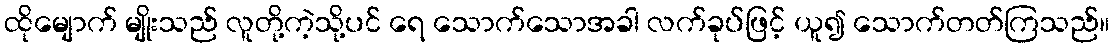
ထိုမျောက် မျိုးသည် လူတို့ကဲ့သို့ပင် ရေ သောက်သောအခါ လက်ခုပ်ဖြင့် ယူ၍ သောက်တတ်ကြသည်။